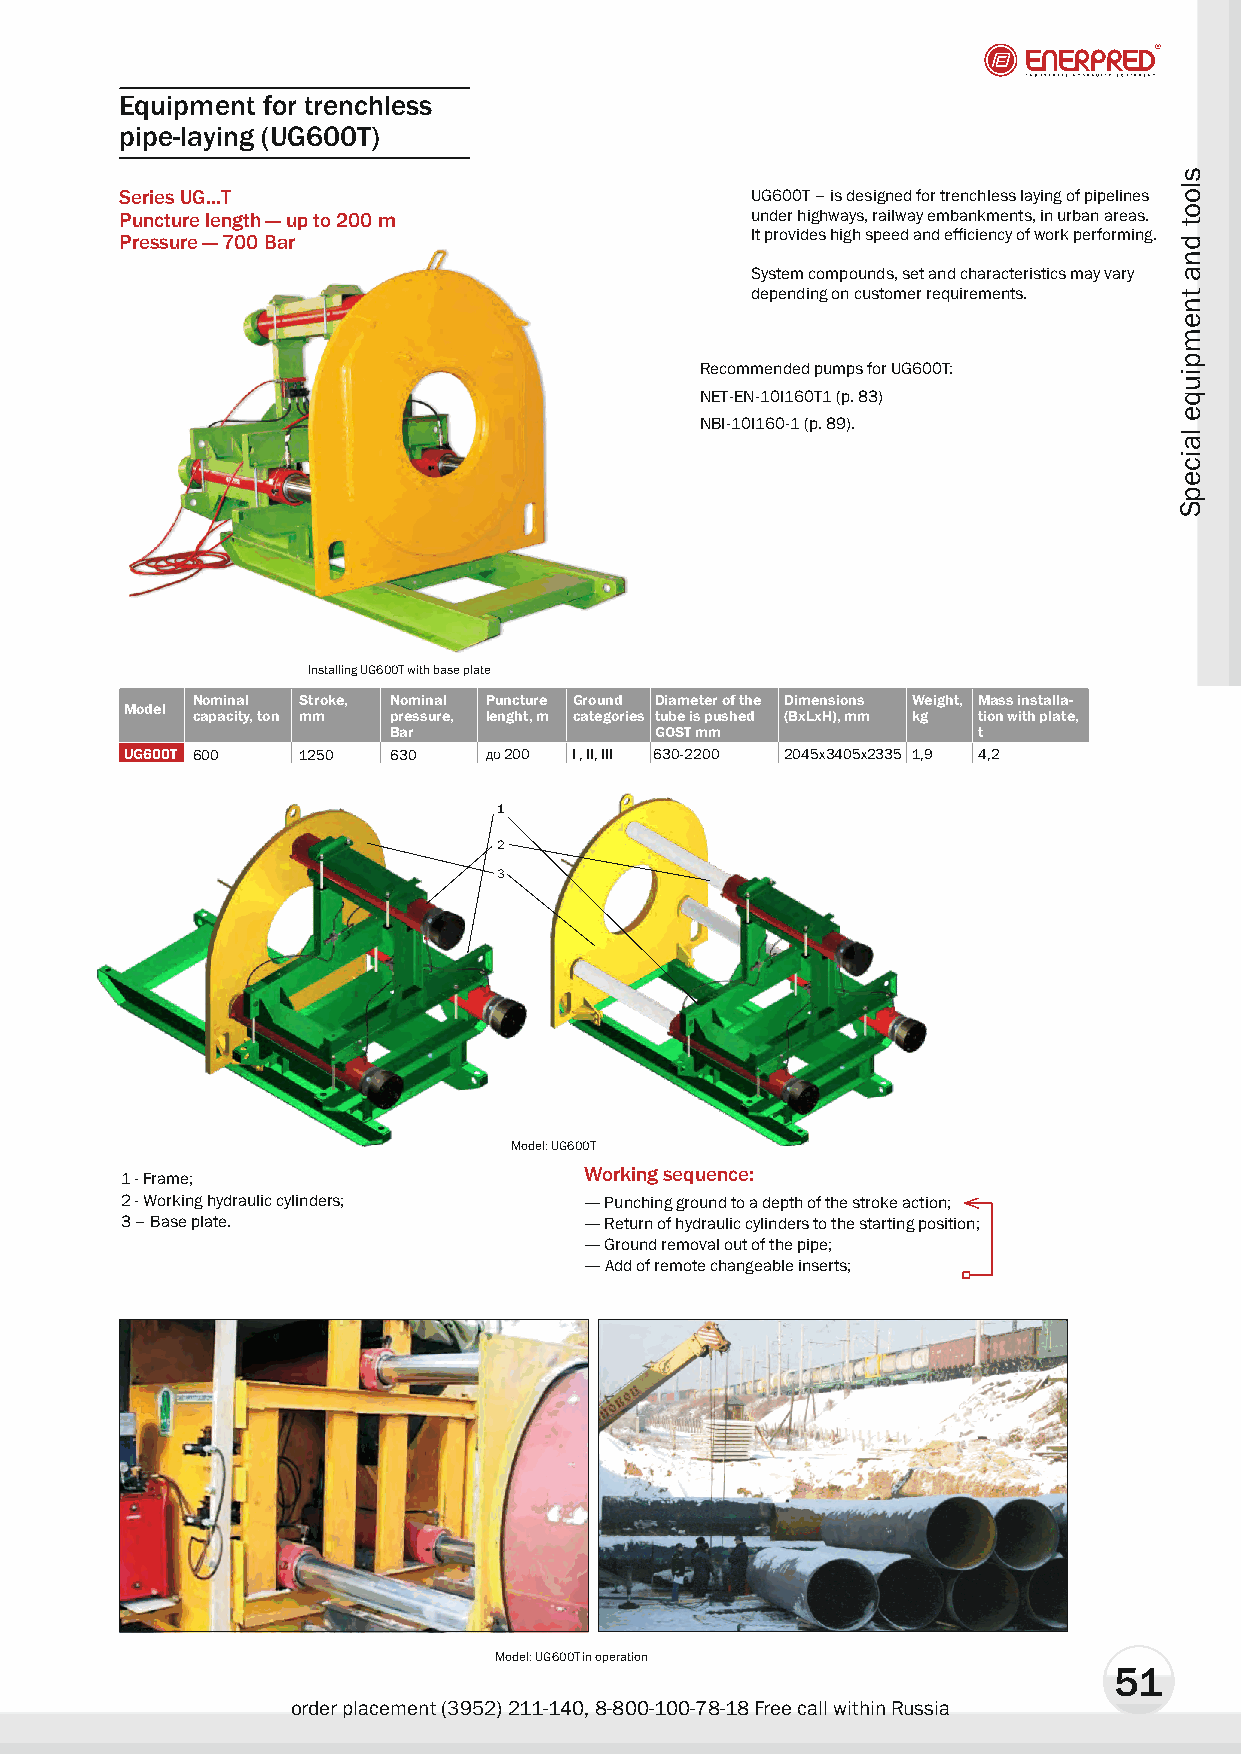
Equipment for trenchless
 pipe-laying (UG600T)
 Series UG...T                             UG600T – is designed for trenchless laying of pipelines
 Puncture length — up to 200 m             under highways, railway embankments, in urban areas.
 Pressure — 700 Bar                        It provides high speed and efficiency of work performing.
 System compounds, set and characteristics may vary
 depending on customer requirements.
 Recommended pumps for UG600T:
 NET-EN-10I160T1 (p. 83)
 NBI-10I160-1 (p. 89).
 Installing UG600T with base plate
 Nominal Stroke, Nominal Puncture Ground Diameter of the Dimensions Weight, Mass installa-
 Model
 capacity, ton mm pressure, lenght, m categories tube is pushed (BxLxH), mm kg tion with plate,
 Bar              GOST mm               t
 UG600T 600  1250  630   äî 200 I , II, III 630-2200 2045x3405x2335 1,9 4,2
 1
 2
 3
 Model: UG600T
 Working sequence:
 1 - Frame;
 2 - Working hydraulic cylinders; — Punching ground to a depth of the stroke action;
 3 – Base plate.                — Return of hydraulic cylinders to the starting position;
 — Ground removal out of the pipe;
 — Add of remote changeable inserts;
 Model: UG600T in operation
 51
 order placement (3952) 211-140, 8-800-100-78-18 Free call within Russia
 sloot
 dna
 tnempiuqe
 laicepS